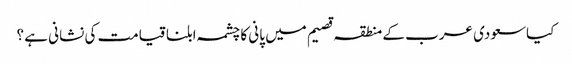
کیاسعودی عرب کے منطقہ قصیم میں پانی کا چشمہ ابلنا قیامت کی نشانی ہے ؟